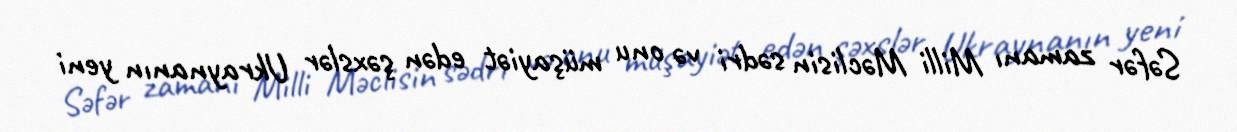
Səfər zamanı Milli Məclisin sədri və onu müşayiət edən şəxslər Ukraynanın yeni